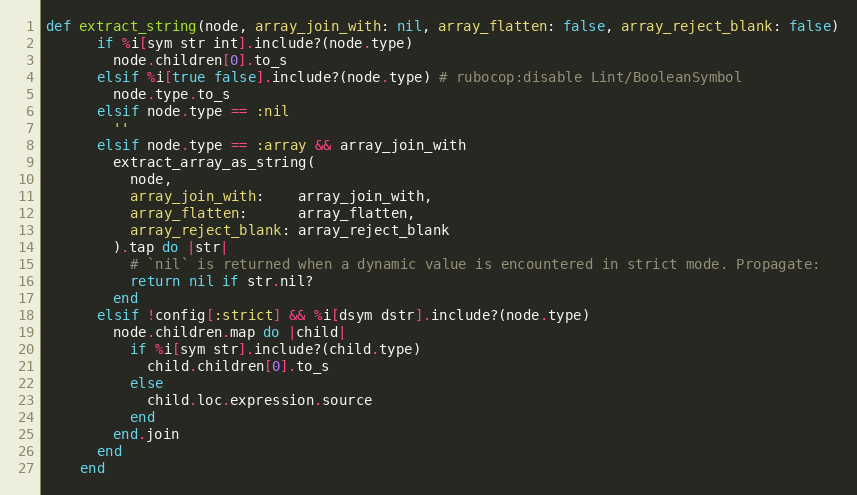
Language: Ruby
def extract_string(node, array_join_with: nil, array_flatten: false, array_reject_blank: false)
      if %i[sym str int].include?(node.type)
        node.children[0].to_s
      elsif %i[true false].include?(node.type) # rubocop:disable Lint/BooleanSymbol
        node.type.to_s
      elsif node.type == :nil
        ''
      elsif node.type == :array && array_join_with
        extract_array_as_string(
          node,
          array_join_with:    array_join_with,
          array_flatten:      array_flatten,
          array_reject_blank: array_reject_blank
        ).tap do |str|
          # `nil` is returned when a dynamic value is encountered in strict mode. Propagate:
          return nil if str.nil?
        end
      elsif !config[:strict] && %i[dsym dstr].include?(node.type)
        node.children.map do |child|
          if %i[sym str].include?(child.type)
            child.children[0].to_s
          else
            child.loc.expression.source
          end
        end.join
      end
    end